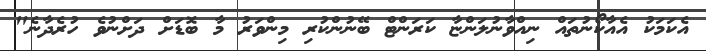
އެކަމަކު އެއާކޯނުތައް ނިއްވާނުލަންޏާ ކަރަންޓް ބޭނުންކުރި މިންވަރު މާ ބޮޑަށް ދަށްނުވެ ހުރެދާނެ"